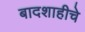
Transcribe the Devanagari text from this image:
बादशाहीचे